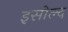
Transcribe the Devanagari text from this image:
इसोल्द